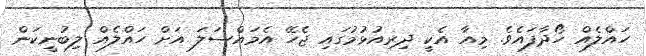
ހައްލެއް ހޯދާފައެވެ. މިއާ އެކީ ދިރިއުޅުމުގައި ޖެހޭ އެމައްސަލަ އަށް ހައްލެއް ލިބުނީކަން